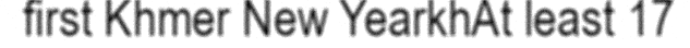
first Khmer New YearkhAt least 17